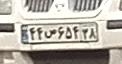
۴۴س۶۵۴۳۸